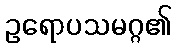
ဥရောပသမဂ္ဂ၏